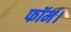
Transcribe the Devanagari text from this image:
फॉर्म।